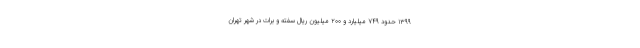
۱۳۹۹ حدود ۷۴۹ میلیارد و ۲۰۰ میلیون ریال سفته و برات در شهر تهران